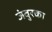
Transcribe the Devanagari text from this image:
जंबुरका